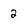
Character: 2